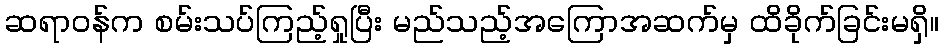
ဆရာဝန်က စမ်းသပ်ကြည့်ရှုပြီး မည်သည့်အကြောအဆက်မှ ထိခိုက်ခြင်းမရှိ။